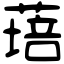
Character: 𦹷